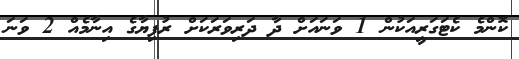
ކޮންމެ ކެޓަގަރީއަކުން 1 ވަނައަށް ދާ ދަރިވަރަކަށް ރުފިޔާގެ އިނާމެއް 2 ވަނަ